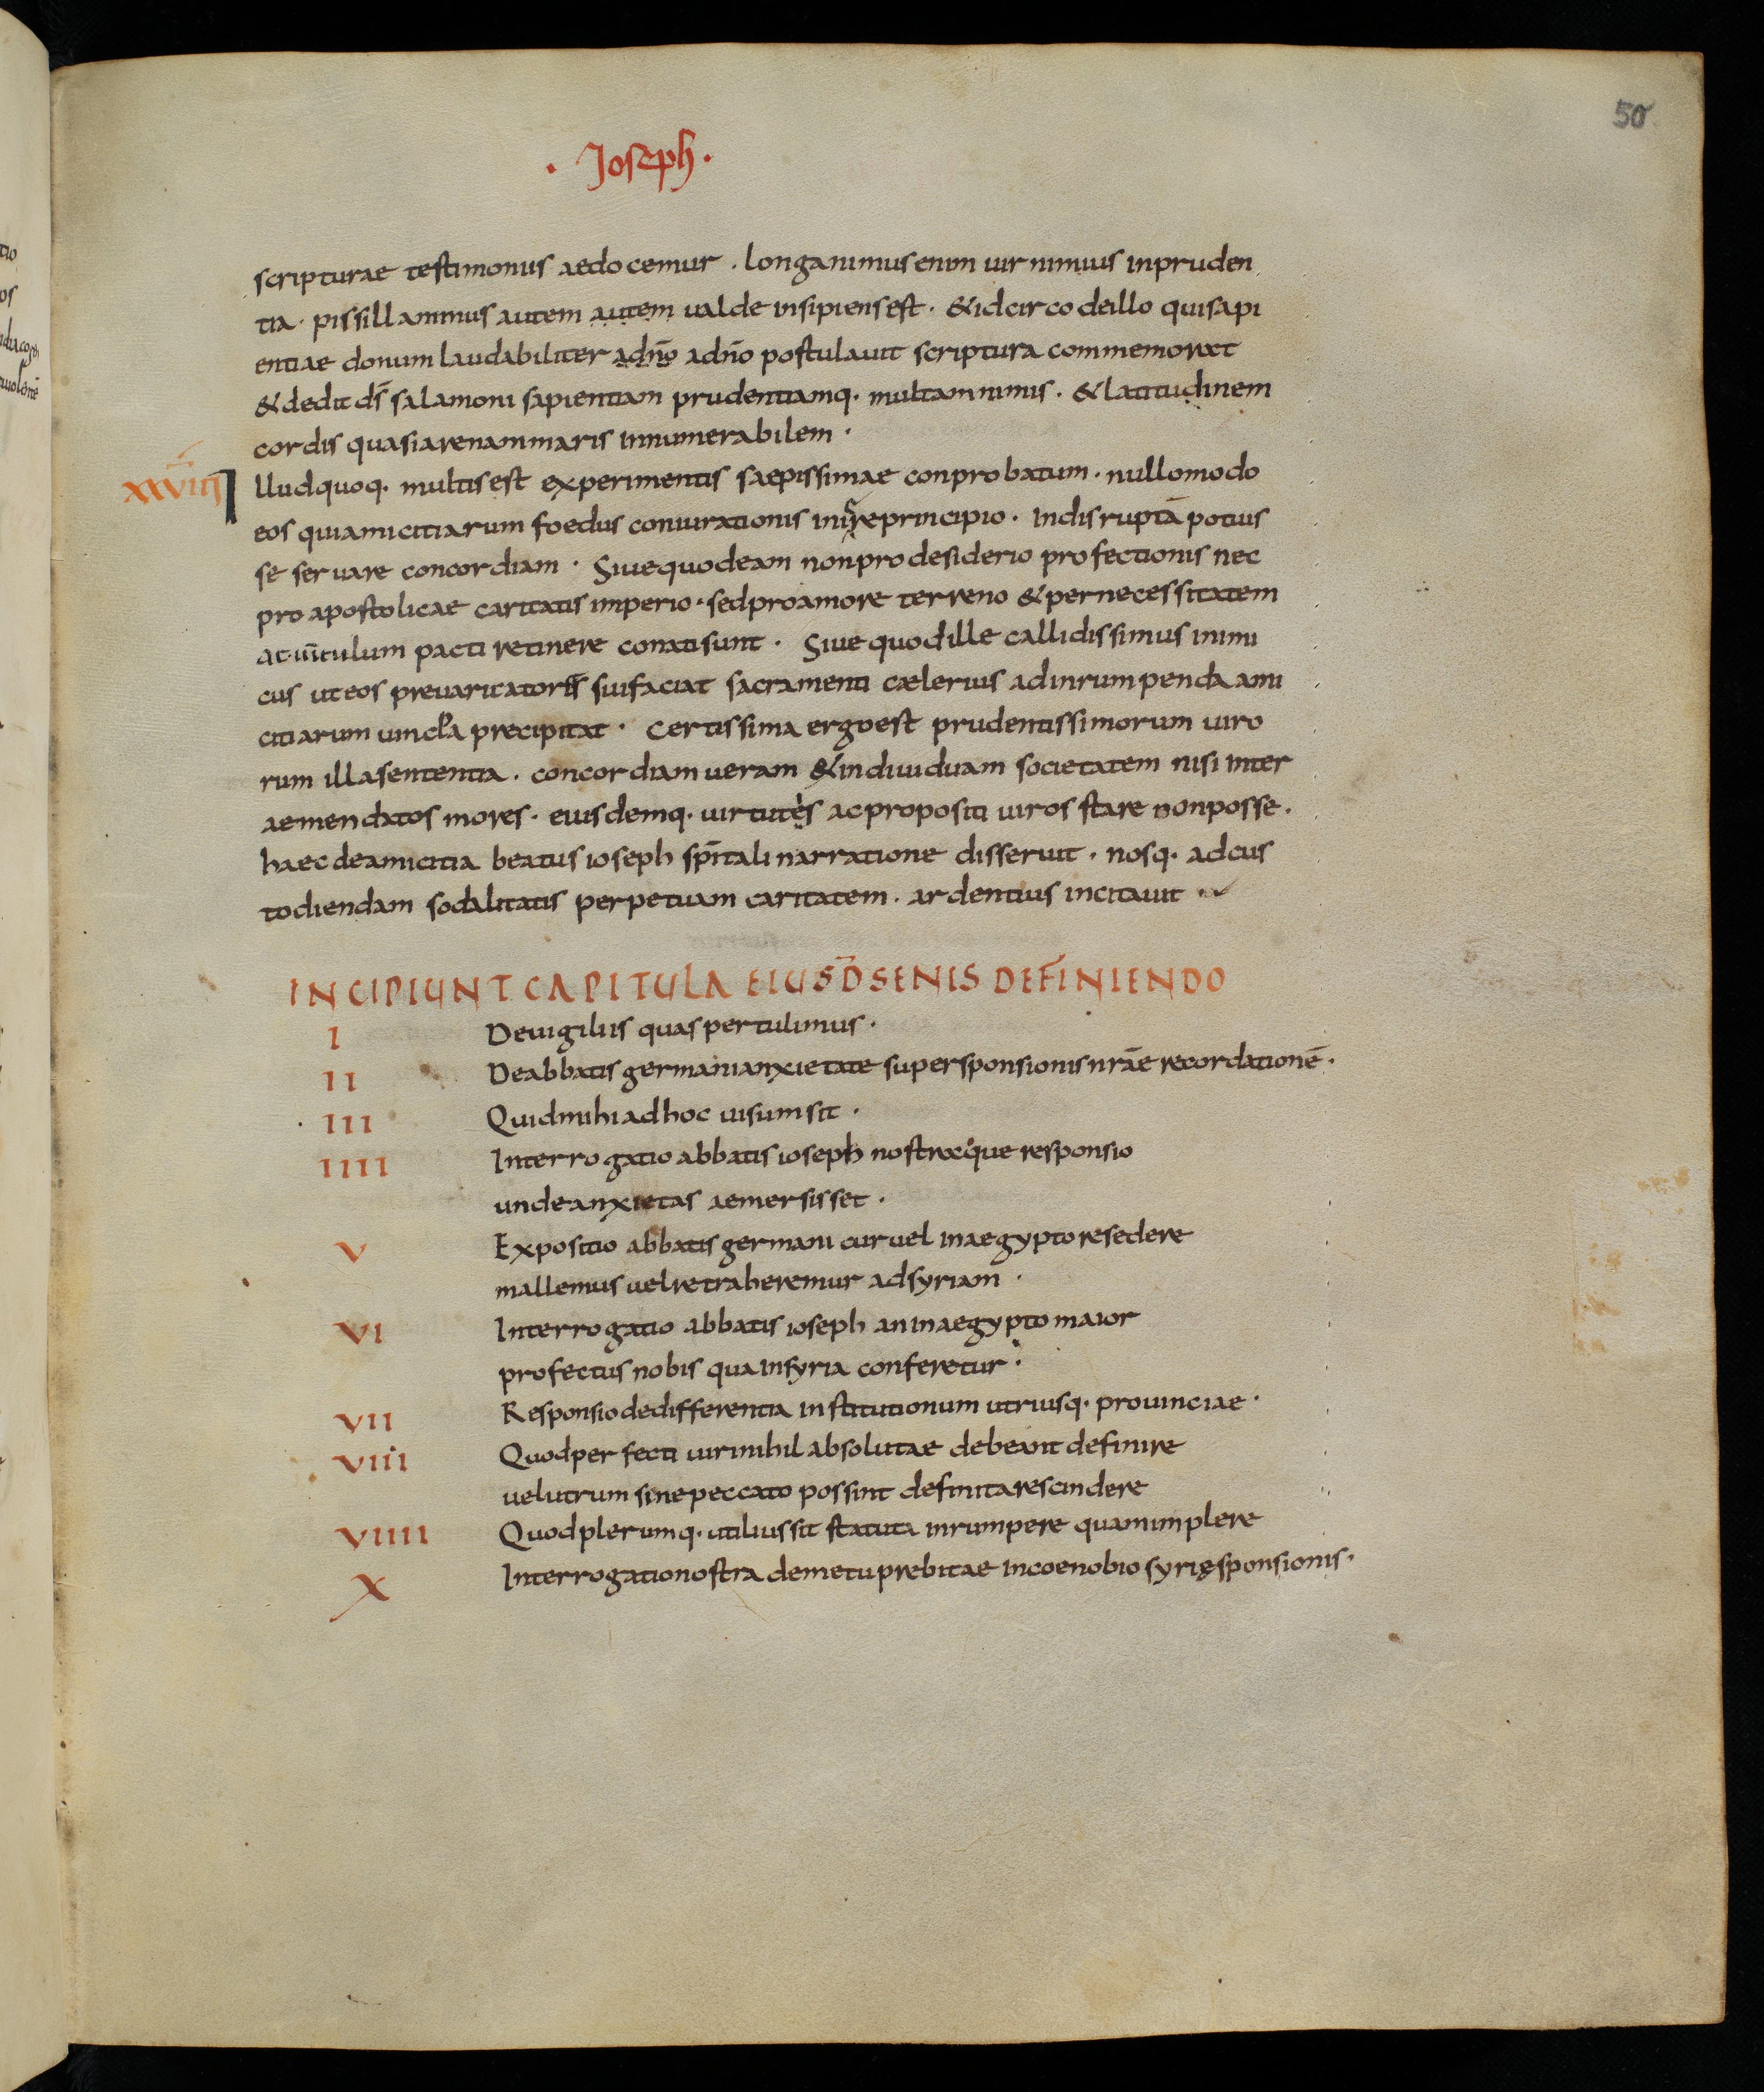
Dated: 833–865